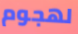
لهجوم